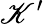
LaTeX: \mathscr{K}^{\prime}